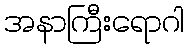
အနာကြီးရောဂါ